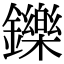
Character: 鑠